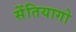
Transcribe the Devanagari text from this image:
सेंतियागो